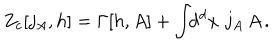
Z _ { c } [ j _ { A } , h ] = \Gamma [ h , A ] + \int \! \! \mathrm { d } ^ { d } x \, \, j _ { A } \, A \, .